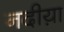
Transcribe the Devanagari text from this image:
नदीय़ा